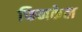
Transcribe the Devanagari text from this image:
फिनकेल